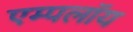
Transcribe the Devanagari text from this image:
एम्पलॉय